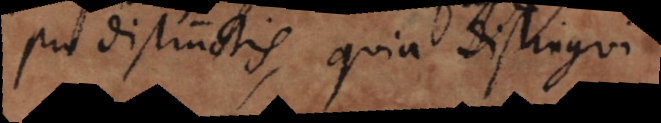
pro distinctis, quia distingui